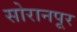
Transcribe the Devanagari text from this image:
सोरानपूर